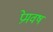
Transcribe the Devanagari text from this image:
प्रेमवष